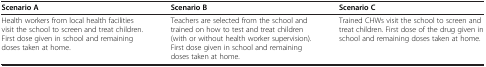
| Scenario A | Scenario B | Scenario C |
 | --- | --- | --- |
 | Health workers from local health facilities visit the school to screen and treat children. First dose given in school and remaining doses taken at home. | Teachers are selected from the school and trained on how to test and treat children (with or without health worker supervision). First dose given in school and remaining doses taken at home. | Trained CHWs visit the school to screen and treat children. First dose of the drug given in school and remaining doses taken at home. |